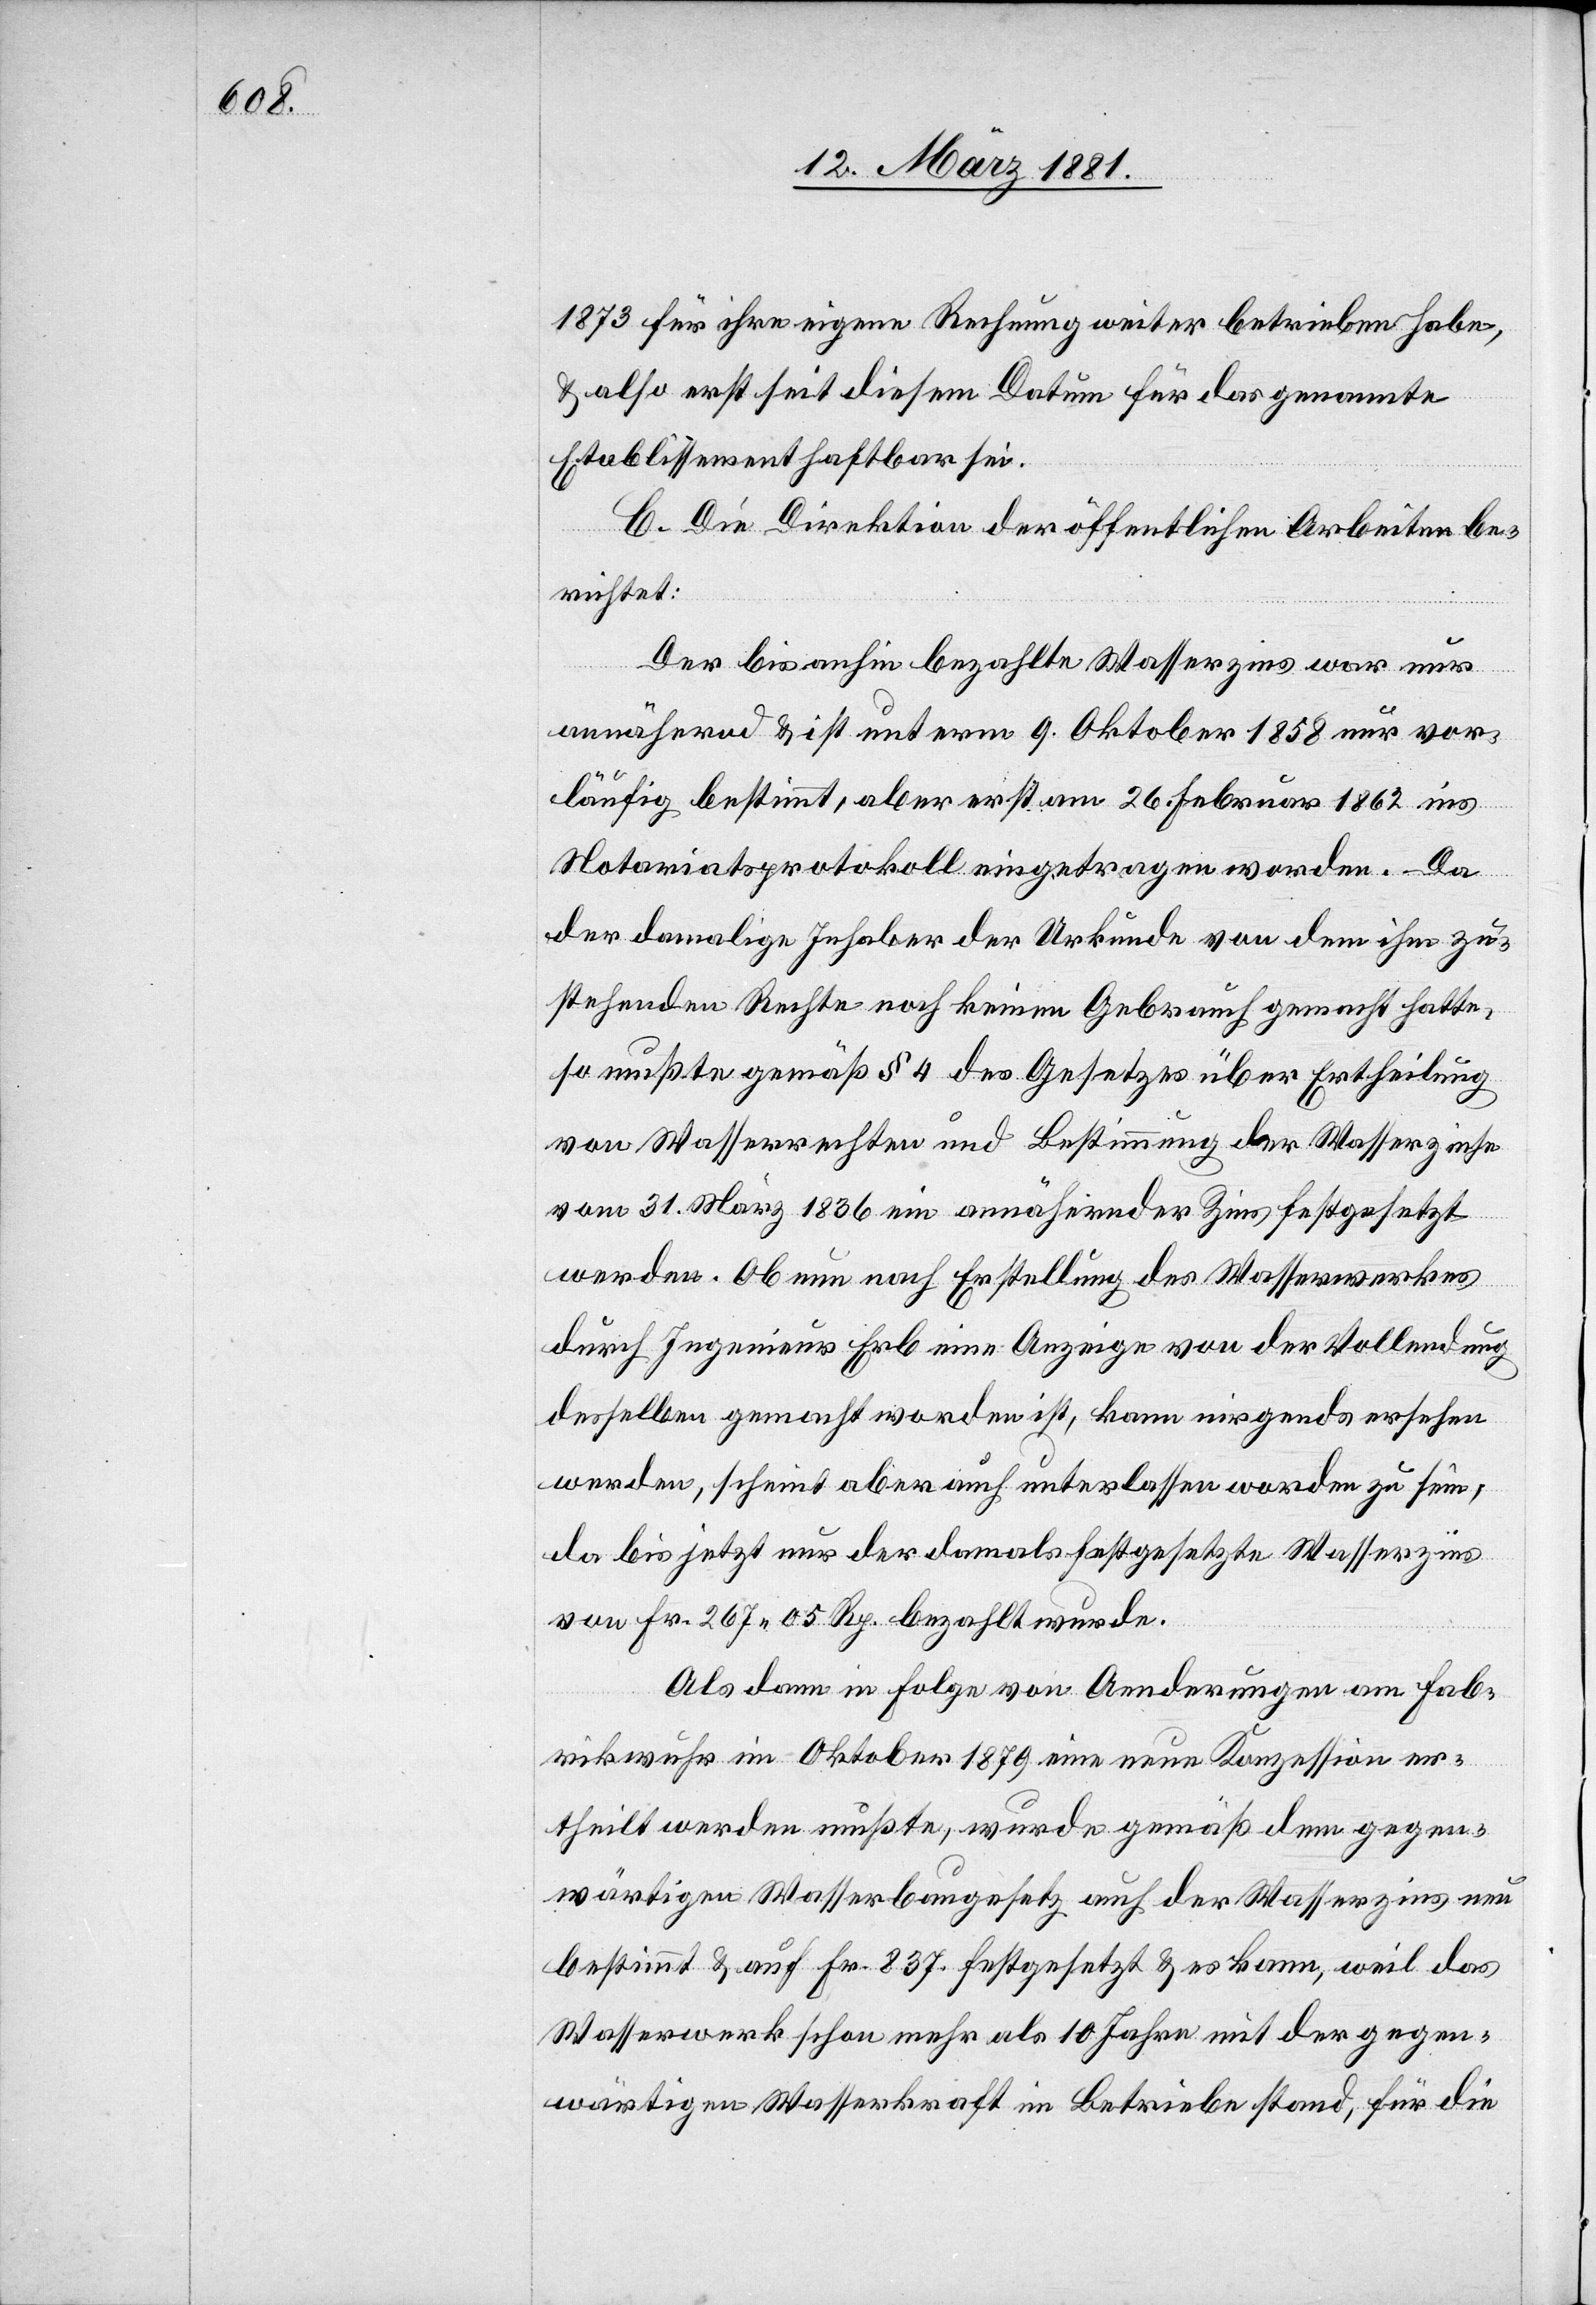
1873 für ihre eigene Rechnung weiter betrieben habe,
& also erst seit diesem Datum für das genannte
Etablissement haftbar sei.
C. Die Direktion der öffentlichen Arbeiten be¬
richtet:
Der bisanhin bezahlte Wasserzins war nur
annähernd & ist unterm 9. Oktober 1858 nur vor¬
läufig bestimmt, aber erst am 26.Februar 1862 ins
Notariatsprotokolle eingetragen worden. Da
der damalige Inhaber der Urkunde von dem ihm zu¬
stehenden Rechte noch keinen Gebrauch gemacht hatte,
so mußte gemäß § 4 des Gesetzes über Ertheilung
von Wasserrechten und Bestimmung der Wasserzinse
vom 31. März 1836 ein annähernder Zins festgesetzt
werden. Ob nun nach Erstellung des Wasserwerkes
durch Ingenieur Erb eine Anzeige von der Vollendung
desselben gemacht worden ist, kann nirgends ersehen
werden, scheint aber auch unterlassen worden zu sein,
da bis jetzt nur der damals festgesetzte Wasserzins
von Fr. 267 05 bezahlt wurde.
Als dann in Folge von Aenderungen am Fab¬
rikwuhr in Oktober 1879 eine neue Konzession er¬
theilt werden mußte, wurde gemäß dem gegen¬
wärtigen Wasserbaugesetz auch der Wasserzins neu
bestimmt & auf Fr. 837. festgesetzt & es kann, weil das
Wasserwerk schon mehr als 10 Jahre mit der gegen¬
wärtigen Wasserkraft im Betriebe stand, für die